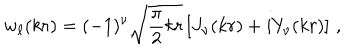
LaTeX: w _ { \ell } ( k r ) = ( - 1 ) ^ { \nu } \sqrt { \frac { \pi } { 2 } k r } \left[ J _ { \nu } ( k r ) + i Y _ { \nu } ( k r ) \right] \, ,